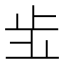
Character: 𣥗